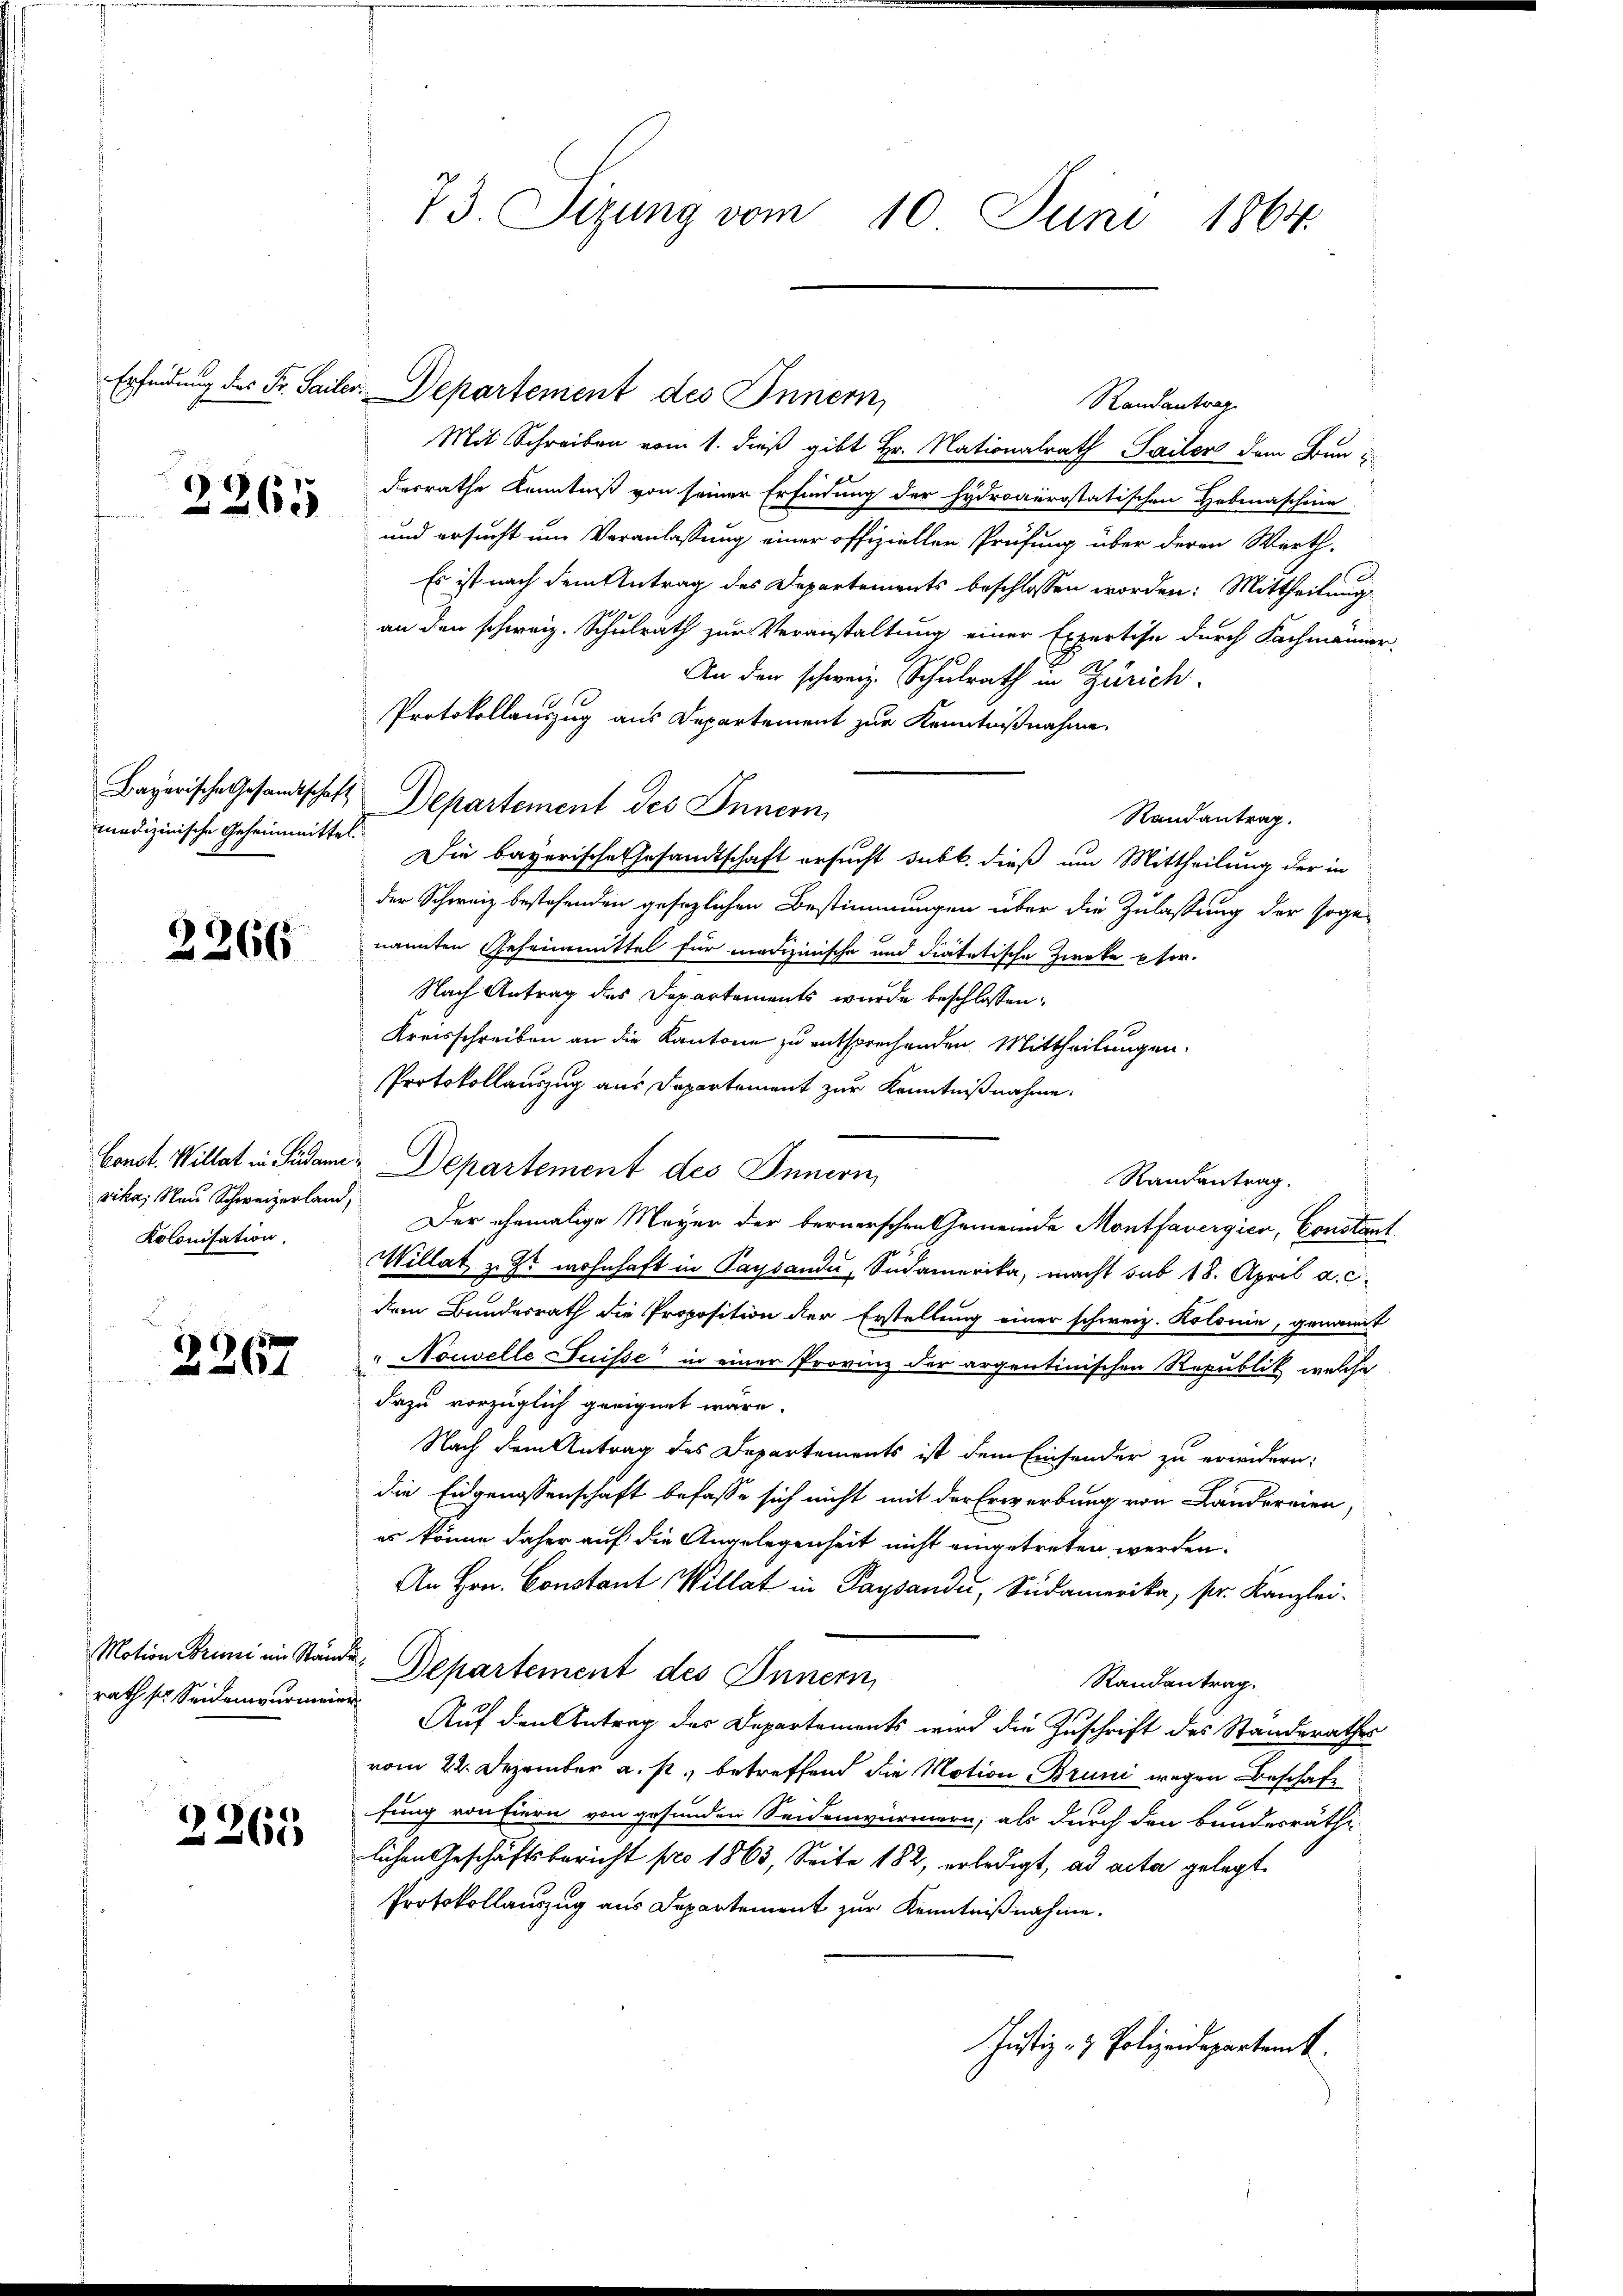
2265

medizinische Geheimmittel.

2266

vika, Nau Schweizerland,
Kolonisation.

B.
2267

Motion Bruni in Ständ
rath ser Seidenwurmen

2265

73. Sizung vom 10. Juni 1864.

Randantrag
Mit Schreiben vom 1. dieß gibt Hr. Nationalrath Sailer dem Bundesrathe Kenntniß von seiner Erfindung der hydroaeristatischen Hobmaschine
und ersucht um Veranlassung einer offiziellen Prüfung über deren Werth-
Es ist nach dem Antrag des Departements beschlossen worden: Mittheilung
an den schweiz. Schulrath zur Veranstaltung einer Expertise durch Fachmänner,
An den schweiz. Schulrath in Zürich.
Protokollauszug aus Departement zur Kenntnißnahme,
Bayerische Gesandtschaft Departement des Innern,
Randantrag.
Die bayerische Gesandtschaft ersucht subt. dieß um Mittheilung der in
der Schweiz bestehenden gesezlichen Bestimmungen über die Zulassung der sogenannten Geheimmittel für medizinische und Fiatatische Zweke pfer.
Nach Antrag des Departements wurde beschlossen:
Kreisschreiben an die Kantone zu entsprechenden Mittheilungen.
Protokollauszug aus Departement zur Kenntnißnahme.
Const. Willat in Südame Departement des Innern,
Randantrag.
Der ehemalige Mayer der bernerschen Gemeinde Montfavergica, Constant
Willat z. Er wohnhaft in Paysandi, Südamerika, macht sub 18. April a. c.
dem Bundesrath die Proposition der Erstellung einer schweiz. Kolonie, genannt
Nouvelle Suisse in einer Provinz der argentinischen Republik, welche
dazu vorzüglich geeignet wäre.
Nach dem Antrag des Departements ist dem Einsender zu erindern:
die Eidgenossenschaft befasse sich nicht mit der Erwerbung von Ländereien,
es könne daher auf die Angelegenheit nicht eingetreten werden.
An Hrn. Constant Willat in Paysandi, Südamerika, sr. Kanzlei-
F. Departement des Innern,
Randantrag.
 Auf den Antrag des Departements wird die Zuschrift des Standerathes
vom 22. Dezember a. p. betreffend die Notion Bruni wegen Beschaft
fung von Eiern von gesunden Seidenwürmern, als durch den bundesräthe
lichen Geschäftsbericht pro 1863, Seite 182, erledigt, ad acta gelegt.
Protokollauszug aus Departement zur Kenntnißnahme.
Justiz- & Polizendepartamt

Erfindung des Fr. Sailer. Departement des Innern,